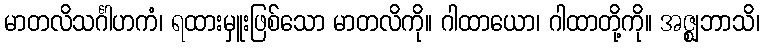
မာတလိသင်္ဂါဟကံ၊ ရထားမှူးဖြစ်သော မာတလိကို။ ဂါထာယော၊ ဂါထာတို့ကို။ အဇ္ဈဘာသိ၊